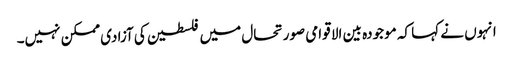
انہوں نے کہا کہ موجودہ بین الا قوامی صورتحال میں فلسطین کی آزادی ممکن نہیں۔